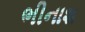
ભીનાશ